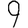
Digit: 9